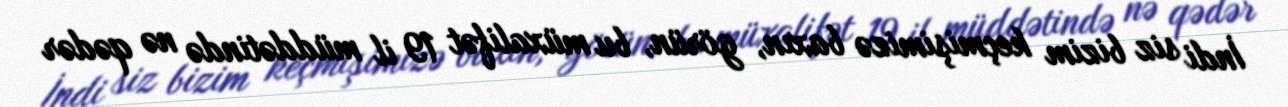
İndi siz bizim keçmişimizə baxın, görün, bu müxalifət 19 il müddətində nə qədər